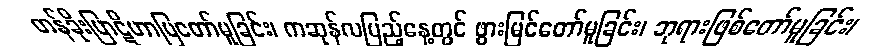
တန်ခိုးပြာဋိဟာပြတော်မူခြင်း၊ ကဆုန်လပြည့်နေ့တွင် ဖွားမြင်တော်မူခြင်း၊ ဘုရားဖြစ်တော်မူခြင်း၊